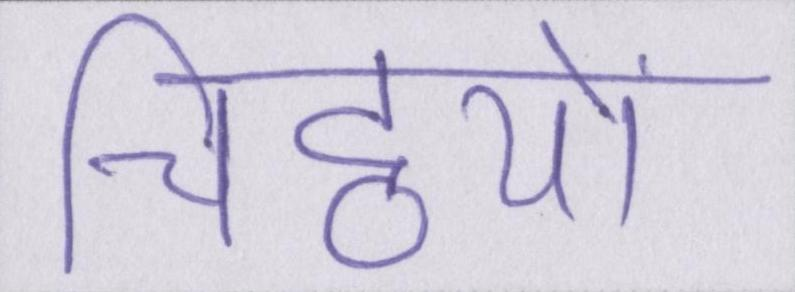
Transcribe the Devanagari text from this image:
चिट्ठियों